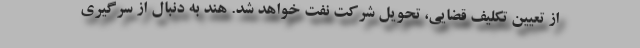
از تعیین تکلیف قضایی، تحویل شرکت نفت خواهد شد. هند به دنبال از سرگیری